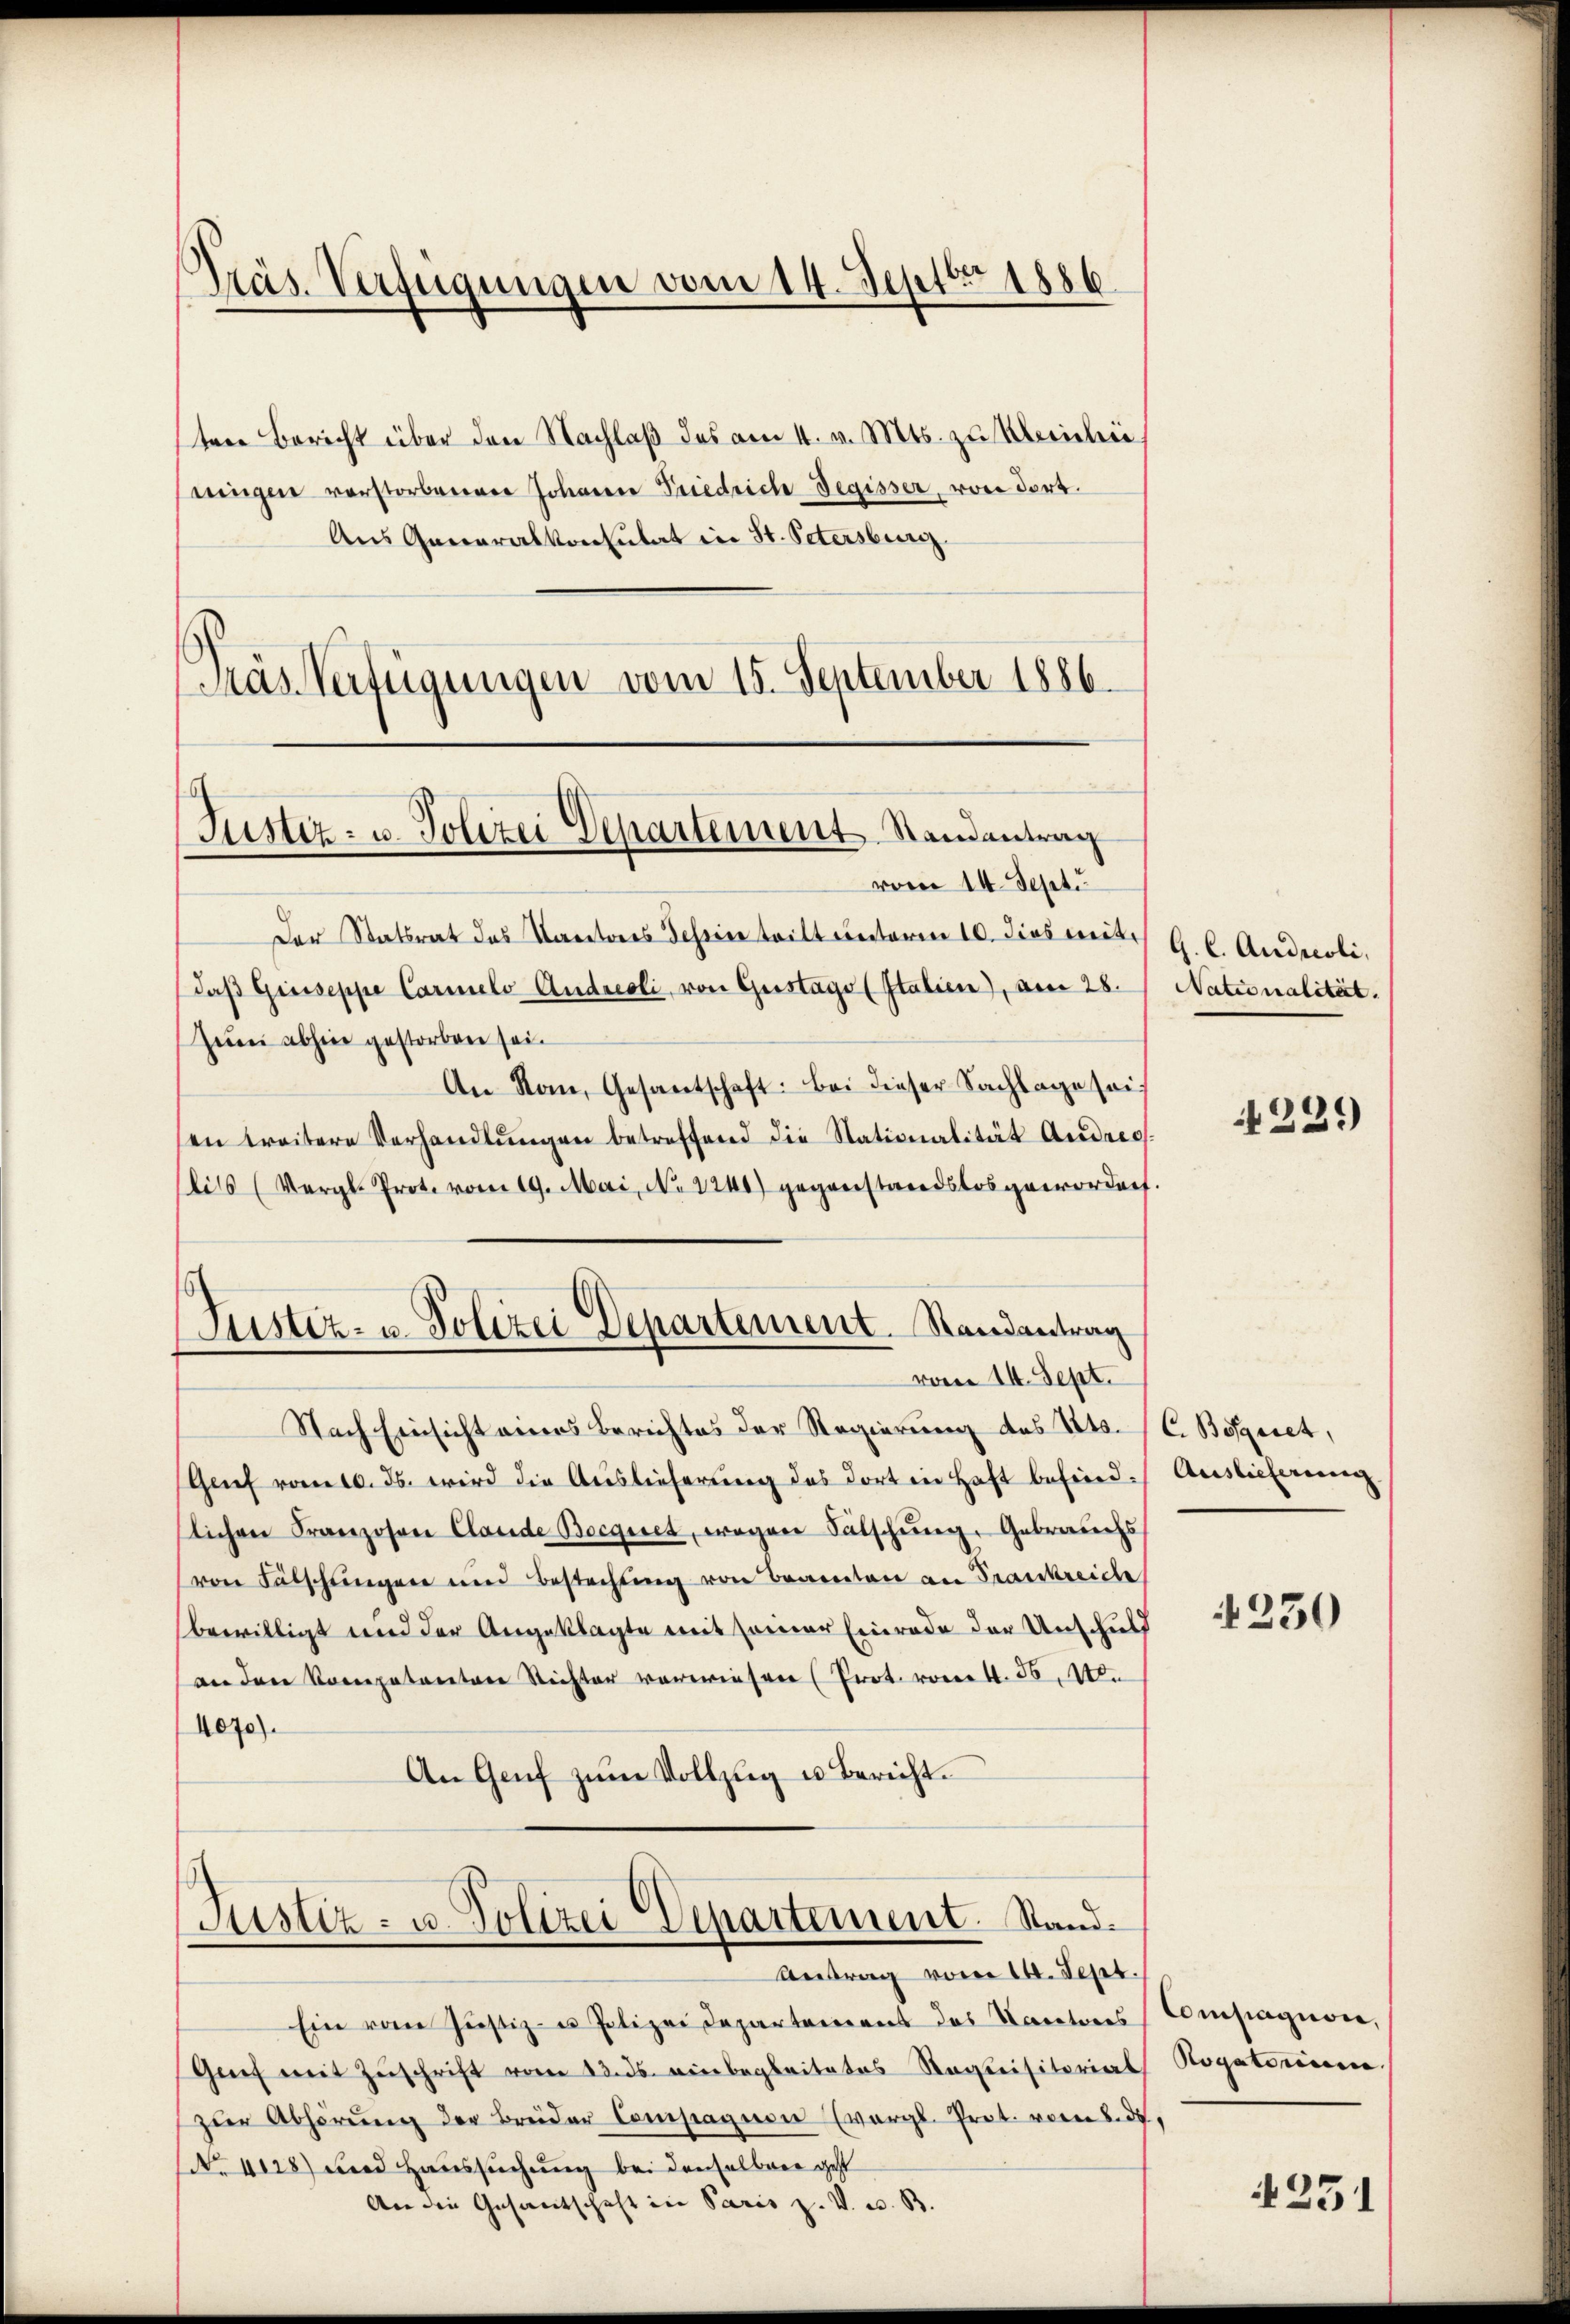
Präs. Verfügungen vom 14. Septbr. 1886

Aus Generalkonsulat in St. Petersburg.
Träs Verfügungen vom 15. September 1886.

Justiz- u. Polizei Departement Randantrag

ten Bericht über den Nachlaß das am 11. v. Mts. zu Klerieli,
eingen vorstorbenen Johann Friedrich Degisser von dort.

vom 14. Sept.
Der Statsrat das Caritores Scheine tritt unterm 10. dies mit.
daβ Giuseppe Carmels Andreoli, von Gustage (Italien), am 28.
Zum abhin gestorben sei.
An Rau, Gesantschaft: Bei dieser Sachlage seisen treitere Verhandlŭngen betreffend die Nationalität Andrec
bits (Vergl. Prot. vom 19. Mai, No 1241) gegenstandslos geworden.
Justiz- u. Polizei Departement. Randantrag

vom 14. Sept.

Antrag vom 14. Sept.

Nach Einsicht eines Berichtes der Regierung des Kts. (C. Böseret,
Genf vom 10. ds. wird die Auslieferung des dort in Haft befindslichen Franzosen Claude Bocgiet, wegen Fälschung. Gebrauchs
von Fälschungen und Bestechung von Beamten an Trankreiche
bewilligt und der Angeklagte mit seiner Einrade der Unschuld
an den Kompetenten Richter verwiesen (Prot. vom 4. 56. 1.
4070).
An Genf zŭm Vollzug u. Bericht.
Justiz- u. Polizei Departement. Stand¬

Ein vom Justiz- u Polizei Departement des Kantores
Genf mit Zuschrift vom 23. ds. einbegleitetes Requisitorial
zŭr Abhörŭng der Brüder Compagnen Evergl. Prot. vom 8. ds.
No. 4128) und Haussuchung bei denselben geht
An die Gesantschaft in Paris z. V. u. B.

G. C. Andreoli,
Nationalität.

229

Auslieferung

4250

Compagnone.
Rogatorium

251